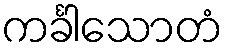
ကင်္ခါသောတံ